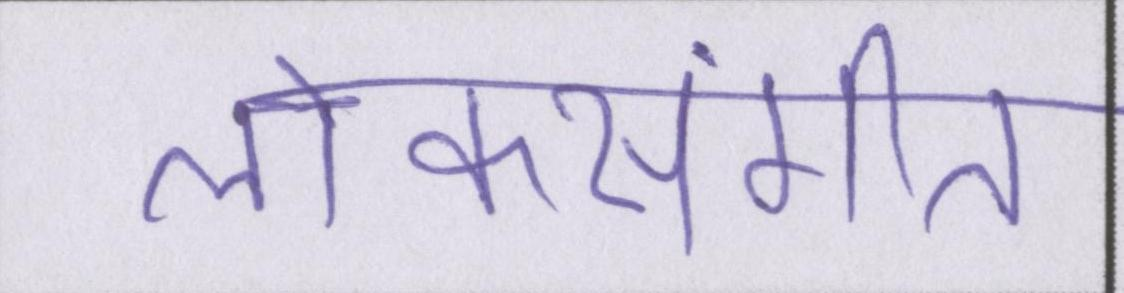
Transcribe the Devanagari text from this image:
लोकसंगीत